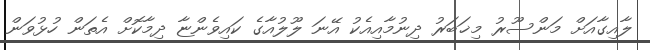
ލާއިގާއަށް މަންސޫރު މިޚަބަރު ދިނުމާއިއެކު އޭނަ ލޫލުއާގެ ކައިވެންޏާ ދިމާކޮށް އެތަން ހުޅުވަން